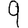
Digit: 9